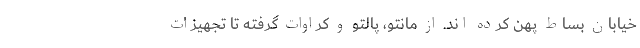
خیابان بساط پهن کرده اند. از مانتو، پالتو و کراوات گرفته تا تجهیزات